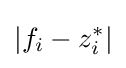
|f_{i}-z_{i}^{*}|